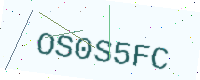
Text: OS0S5FC